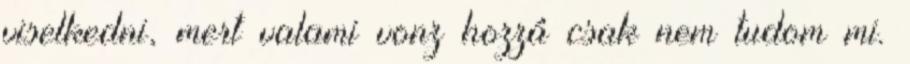
viselkedni, mert valami vonz hozzá csak nem tudom mi.